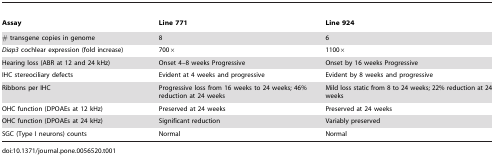
<table><thead><tr><td><b>Assay</b></td><td><b>Line 771</b></td><td><b>Line 924</b></td></tr></thead><tbody><tr><td># transgene copies in genome</td><td>8</td><td>6</td></tr><tr><td><i>Diap3</i> cochlear expression (fold increase)</td><td>700×</td><td>1100×</td></tr><tr><td>Hearing loss (ABR at 12 and 24 kHz)</td><td>Onset 4–8 weeks Progressive</td><td>Onset by 16 weeks Progressive</td></tr><tr><td>IHC stereociliary defects</td><td>Evident at 4 weeks and progressive</td><td>Evident by 8 weeks and progressive</td></tr><tr><td>Ribbons per IHC</td><td>Progressive loss from 16 weeks to 24 weeks; 46% reduction at 24 weeks</td><td>Mild loss static from 8 to 24 weeks; 22% reduction at 24 weeks</td></tr><tr><td>OHC function (DPOAEs at 12 kHz)</td><td>Preserved at 24 weeks</td><td>Preserved at 24 weeks</td></tr><tr><td>OHC function (DPOAEs at 24 kHz)</td><td>Significant reduction</td><td>Variably preserved</td></tr><tr><td>SGC (Type I neurons) counts</td><td>Normal</td><td>Normal</td></tr></tbody></table>